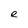
Character: e